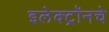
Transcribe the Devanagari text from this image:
इलेक्ट्रॉनचे